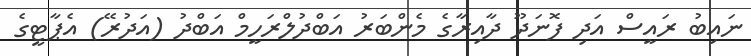
ނައިބު ރައީސް އަދި ފޮނަދޫ ދާއިރާގެ މެންބަރު އަބްދުލްރަހީމް އަބްދު (އަދުރޭ) އެޕާޓީގެ